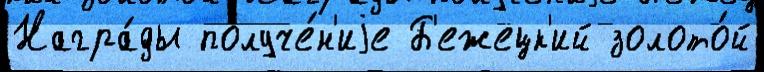
Награ́ды получе́н'иjе Б'ежецк'ий золото́й